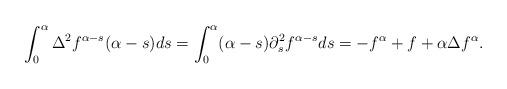
LaTeX: \begin{align*}\int_0^\alpha \Delta^2 f^{\alpha-s} (\alpha - s) ds = \int_0^\alpha(\alpha - s) \partial^2_s f^{\alpha-s} ds = - f^\alpha + f + \alpha \Delta f^\alpha.\end{align*}